Indian journal of veterinary science and animal husbandry - Volume 3,
Year: 1933
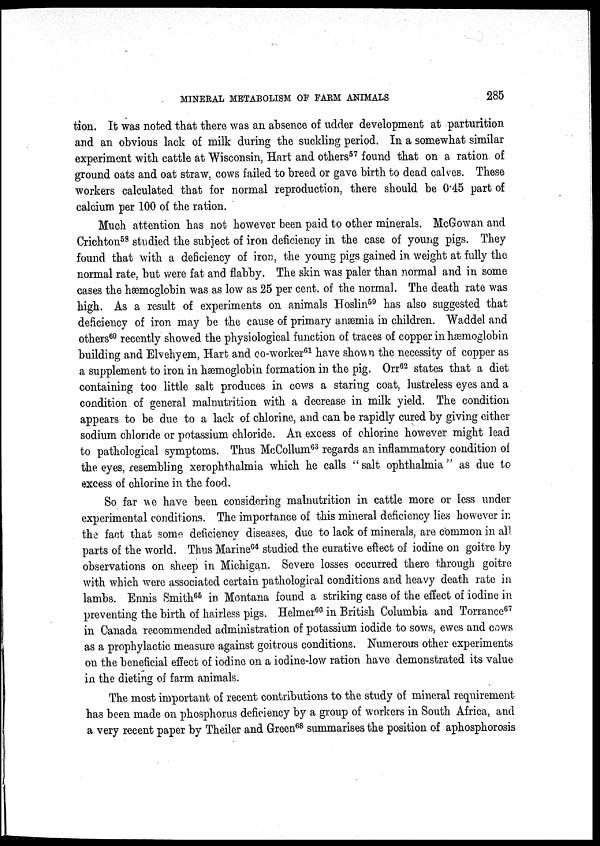
MINERAL METABOLISM OF FARM ANIMALS
285
tion. It was noted that there was an absence of udder development at parturition
and an obvious lack of milk during the suckling period. In a somewhat similar
experiment with cattle at Wisconsin, Hart and others 57 found that on a ration of
ground oats and oat straw, cows failed to breed or gave birth to dead calves. These
workers calculated that for normal reproduction, there should be 0.45 part of
calcium per 100 of the ration.
Much attention has not however been paid to other minerals. McGowan and
Crichton 58 studied the subject of iron deficiency in the case of young pigs. They
found that with a deficiency of iron, the young pigs gained in weight at fully the
normal rate, but were fat and flabby. The skin was paler than normal and in some
cases the hæmoglobin was as low as 25 per cent. of the normal. The death rate was
high. As a result of experiments on animals Hoslin 59 has also suggested that
deficiency of iron may be the cause of primary anæmia in children. Waddel and
others 60 recently showed the physiological function of traces of copper in hæmoglobin
building and Elvehyem, Hart and co-worker 61 have shown the necessity of copper as
a supplement to iron in hæmoglobin formation in the pig. Orr 62 states that a diet
containing too little salt produces in cows a staring coat, lustreless eyes and a
condition of general malnutrition with a decrease in milk yield. The condition
appears to be due to a lack of chlorine, and can be rapidly cured by giving either
sodium chloride or potassium chloride. An excess of chlorine however might lead
to pathological symptoms. Thus McCollum 63 regards an inflammatory condition of
the eyes, resembling xerophthalmia which he calls "salt ophthalmia" as due to
excess of chlorine in the food.
So far we have been considering malnutrition in cattle more or less under
experimental conditions. The importance of this mineral deficiency lies however in
the fact that some deficiency diseases, due to lack of minerals, are common in all
parts of the world. Thus Marine 64 studied the curative effect of iodine on goitre by
observations on sheep in Michigan. Severe losses occurred there through goitre
with which were associated certain pathological conditions and heavy death rate in
lambs. Ennis Smith 65 in Montana found a striking case of the effect of iodine in
preventing the birth of hairless pigs. Helmer 66 in British Columbia and Torrance 67
in Canada recommended administration of potassium iodide to sows, ewes and cows
as a prophylactic measure against goitrous conditions. Numerous other experiments
on the beneficial effect of iodine on a iodine-low ration have demonstrated its value
in the dieting of farm animals.
The most important of recent contributions to the study of mineral requirement
has been made on phosphorus deficiency by a group of workers in South Africa, and
a very recent paper by Theiler and Green 68 summarises the position of aphosphorosis